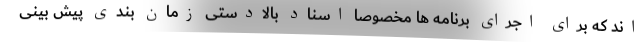
اند که برای اجرای برنامه ها مخصوصا اسناد بالادستی زمان بندی پیش بینی